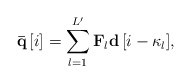
\begin{align*} {\bf{\bar q}}\left[ i \right] = \sum\limits_{l = 1}^{L'} {{{{\bf{F}}}_l}{\bf{d}}\left[ {i - {\kappa _l}} \right]}, \end{align*}